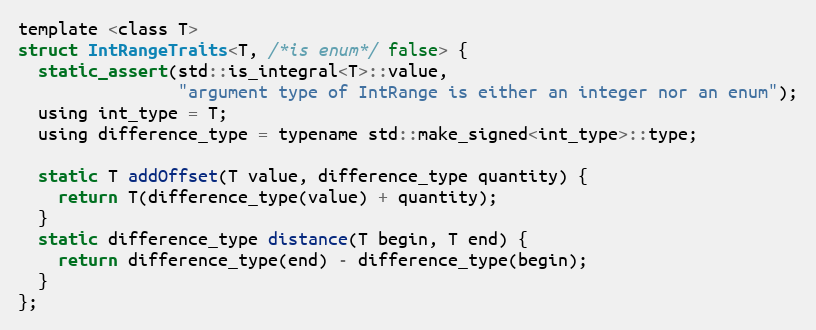
Language: C
template <class T>
struct IntRangeTraits<T, /*is enum*/ false> {
  static_assert(std::is_integral<T>::value,
                "argument type of IntRange is either an integer nor an enum");
  using int_type = T;
  using difference_type = typename std::make_signed<int_type>::type;

  static T addOffset(T value, difference_type quantity) {
    return T(difference_type(value) + quantity);
  }
  static difference_type distance(T begin, T end) {
    return difference_type(end) - difference_type(begin);
  }
};